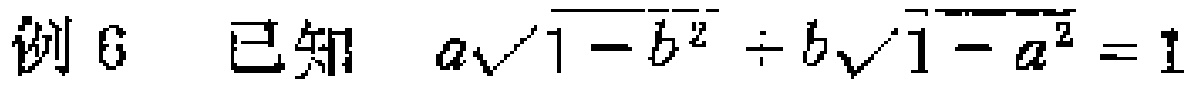
例6 已知 $a\sqrt{1 - b^{2}} \div b\sqrt{1 - a^{2}} = 1$